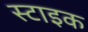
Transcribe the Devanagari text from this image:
स्टाइक